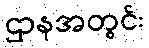
ဌာနအတွင်း